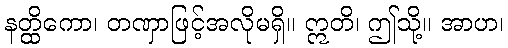
နတ္ထိကော၊ တဏှာဖြင့်အလိုမရှိ။ ဣတိ၊ ဤသို့။ အာဟ၊